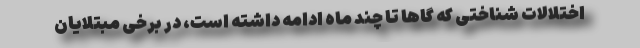
اختلالات شناختی که گاها تا چند ماه ادامه داشته است، در برخی مبتلایان